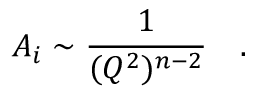
A _ { i } \sim \frac { 1 } { ( Q ^ { 2 } ) ^ { n - 2 } } \quad .